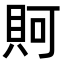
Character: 𧵛